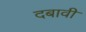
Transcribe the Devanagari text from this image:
दबावी